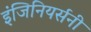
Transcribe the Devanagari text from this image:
इंजिनियर्सनी